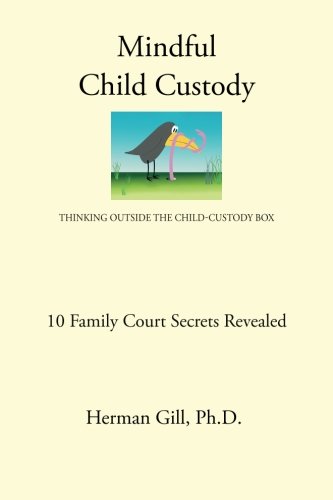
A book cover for Mindful Child Custody: Thinking Outside the Child Custody Box 10 Family Court Secrets Revealed; Herman Gill Ph.D; Law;